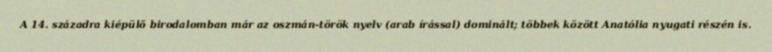
A 14. századra kiépülő birodalomban már az oszmán-török nyelv (arab írással) dominált; többek között Anatólia nyugati részén is.